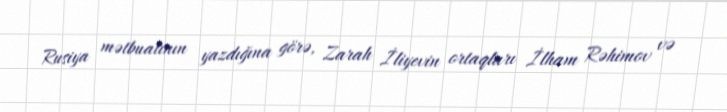
Rusiya mətbuatının yazdığına görə, Zarah İliyevin ortaqları İlham Rəhimov və